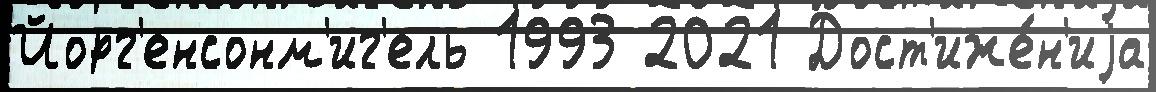
Йорг'енсонм'иг'ель 1993 2021 Дост'иже́н'иjа